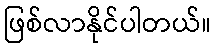
ဖြစ်လာနိုင်ပါတယ်။